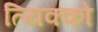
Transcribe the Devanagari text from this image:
त्यिक्को